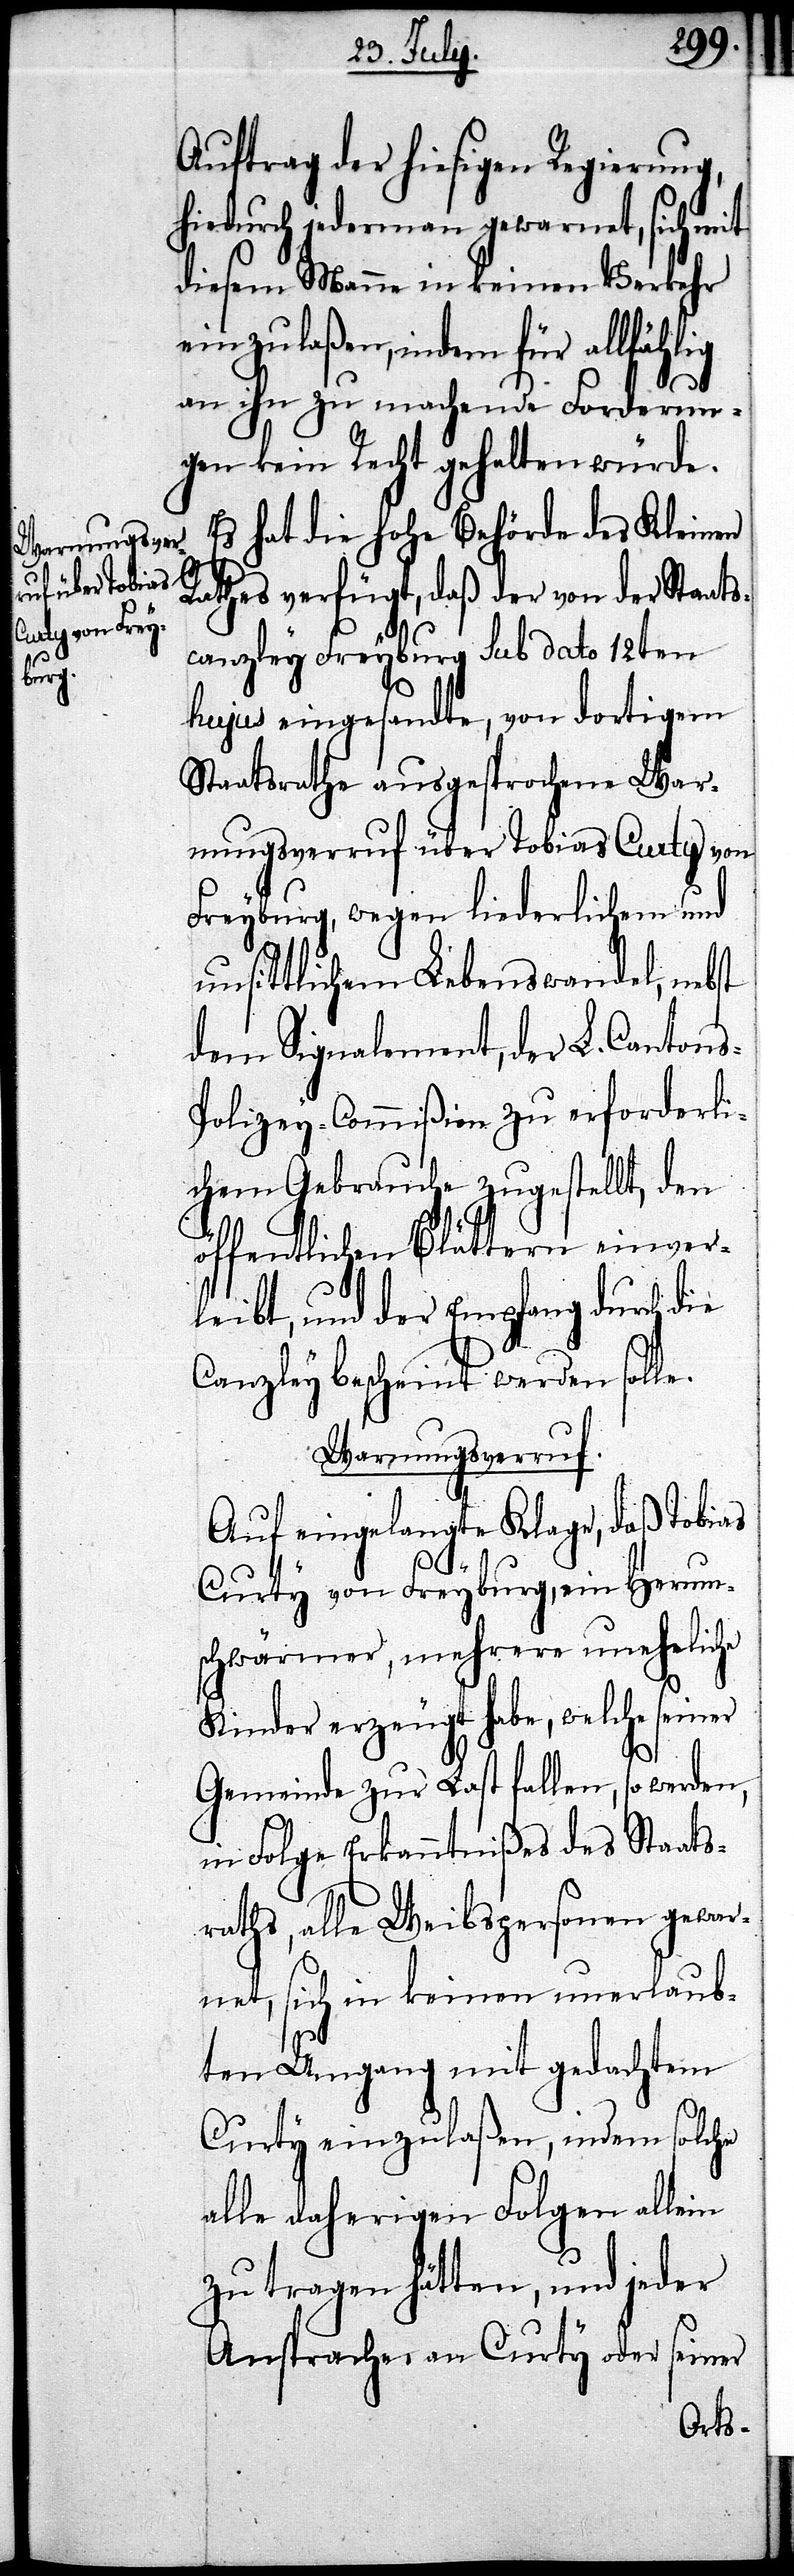
Auftrag der hiesigen Regierung,
hiedurch jederman gewarnet, sich mit
diesem Manne in keinen Verkehr
einzulaßen, indem für allfählig
an ihn zu machende Forderun¬
gen kein Recht gehalten würde.
Es hat die hohe Behörde des Kleinen
Rathes verfügt, daß der von der Staats¬
canzley Freyburg sub dato 12ten
hujus eingesandte, von dortigem
Staatsrathe ausgesprochene War¬
nungsverruf über Tobias Curty von
Freyburg, wegen liederlichem und
unsittlichem Lebenswandel, nebst
dem Signalement, der L. Canton¬
olizey-Commißion zu erforderli¬
chem Gebrauche zugestellt, den
öffentlichen Blättern einver¬
leibt, und der Empfang durch die
Canzley bescheint werden sol¬
Warnungsverruf.
Auf eingelangte Klage, daß Tobias
le.
Curty von Freyburg, ein Herum¬
schwärmer, mehrere uneheliche
Kinder erzeugt habe, welche seiner
Gemeinde zur Last fallen, so werden,
in Folge Erkanntnißes des Staats¬
raths, alle Weibspersonen gewar¬
net, sich in keinen unerlaub¬
ten Umgang mit gedachtem
Curty einzulaßen, indem solche
alle daherigen Folgen allein
zu tragen hätten, und jeder
Ansprache an Curty oder seiner